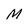
Character: M